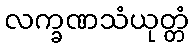
လက္ခဏသံယုတ္တံ